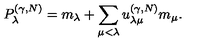
P _ { \lambda } ^ { ( \gamma , N ) } = m _ { \lambda } + \sum _ { \mu < \lambda } u _ { \lambda \mu } ^ { ( \gamma , N ) } m _ { \mu } .